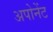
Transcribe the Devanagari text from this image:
अपोनेंट